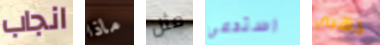
انجاب ماذا مثل استدعى ذهبي